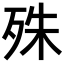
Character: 殊